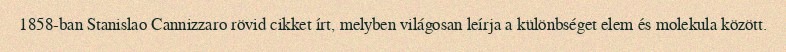
1858-ban Stanislao Cannizzaro rövid cikket írt, melyben világosan leírja a különbséget elem és molekula között.